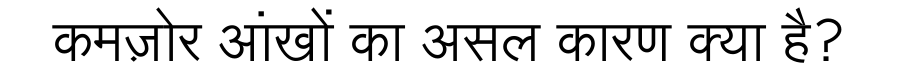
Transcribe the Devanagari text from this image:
कमज़ोर आंखों का असल कारण क्या है?